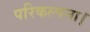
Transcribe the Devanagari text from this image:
परिकल्पना।